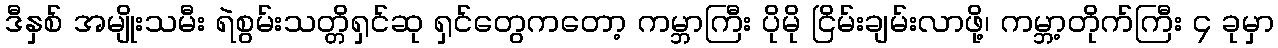
ဒီနှစ် အမျိုးသမီး ရဲစွမ်းသတ္တိရှင်ဆု ရှင်တွေကတော့ ကမ္ဘာကြီး ပိုမို ငြိမ်းချမ်းလာဖို့၊ ကမ္ဘာ့တိုက်ကြီး ၄ ခုမှာ